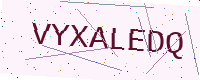
Text: VYXALEDQ